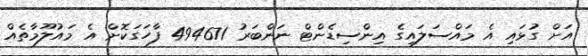
އަށް ގުޅައި އެ މައްސަލައިގެ އިންސިޑެންޓް ނަންބަރު 494671 ފާހަގަކޮށް އެ މައުލޫމާތެއް